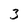
Character: 3